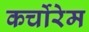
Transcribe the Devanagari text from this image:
कर्चोरेम